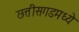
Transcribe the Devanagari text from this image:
छत्तीसगडमध्ये